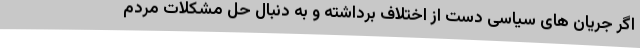
اگر جریان های سیاسی دست از اختلاف برداشته و به دنبال حل مشکلات مردم